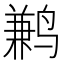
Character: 鹣